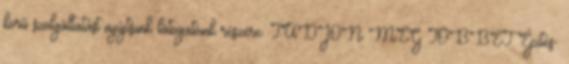
körű szolgáltatást nyújtsunk látogatóink részére. TUDJON MEG TÖBBET Építés-